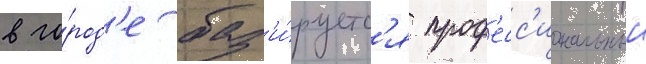
в го́род'е баз'и́руетс'я проф'есс'иональныи